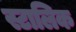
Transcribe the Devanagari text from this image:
स्टालिक